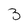
Character: 3